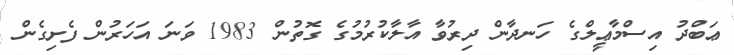
ޢަބްދު އިސްމާޢީލްގެ ހަނދާން ދިރުވާ އާލާކުރުމުގެ ގޮތުން 1983 ވަނަ އަހަރުން ފެށިގެން